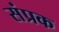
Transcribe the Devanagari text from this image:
संप्रक